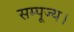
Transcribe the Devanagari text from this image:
सम्पूज्य।